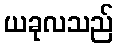
ယခုလသည်